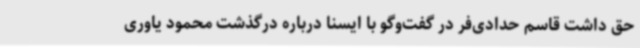
حق داشت قاسم حدادی‌فر در گفت‌وگو با ایسنا درباره درگذشت محمود یاوری